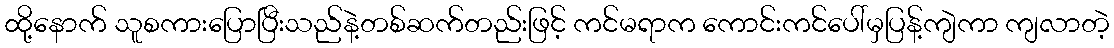
ထို့နောက် သူစကားပြောပြီးသည်နဲ့တစ်ဆက်တည်းဖြင့် ကင်မရာက ကောင်းကင်ပေါ်မှပြန့်ကျဲကာ ကျလာတဲ့